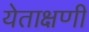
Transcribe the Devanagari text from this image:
येताक्षणी